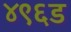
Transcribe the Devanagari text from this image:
४९६ड